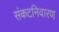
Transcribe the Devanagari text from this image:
संकटनिवारण